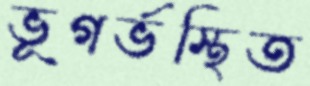
ভূগর্ভস্থিত